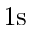
\mathrm { 1 s }